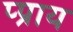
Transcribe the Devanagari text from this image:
प्प्राय